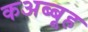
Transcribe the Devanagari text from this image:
कअब्बूह